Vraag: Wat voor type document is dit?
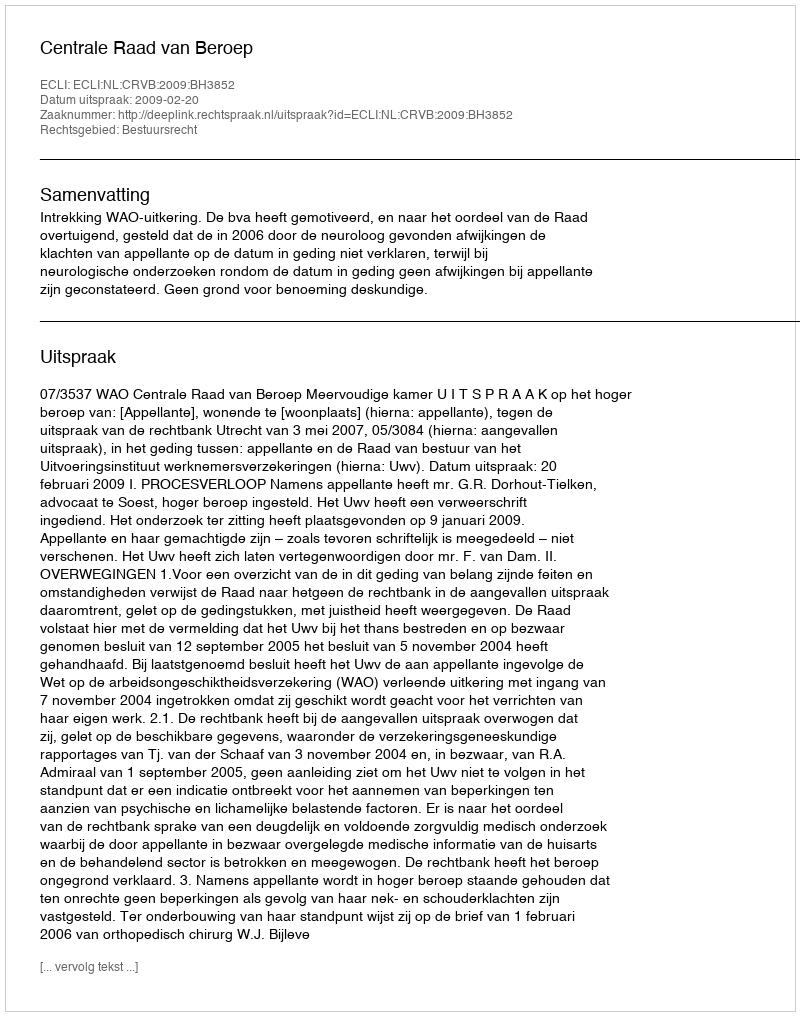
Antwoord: Uitspraak